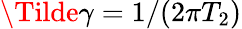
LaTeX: \Tilde{\gamma}=1/(2\pi T_{2})